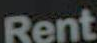
Rent